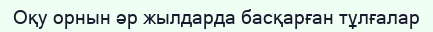
Оқу орнын әр жылдарда басқарған тұлғалар